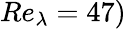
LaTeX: Re_{\lambda}=47)